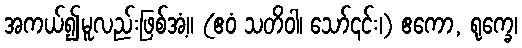
အကယ်၍မူလည်းဖြစ်အံ့။ (ဧဝံ သတိဝါ၊ သော်၎င်း၊) ဧကော, ရုက္ခေ၊